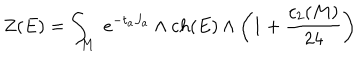
LaTeX: Z ( E ) = \int _ { M } \ e ^ { - t _ { a } J _ { a } } \wedge c h ( E ) \wedge \left( 1 + { \frac { c _ { 2 } ( M ) } { 2 4 } } \right)